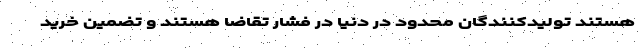
هستند تولیدکنندگان محدود در دنیا در فشار تقاضا هستند و تضمین خرید